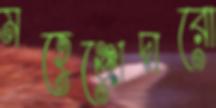
মহেঞ্জোদারো